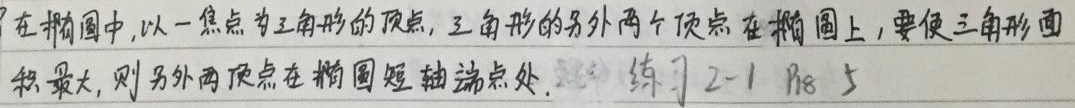
在椭圆中，以一焦点为三角形的顶点，三角形的另外两个顶点在椭圆上，要使三角形面积最大，则另外两顶点在椭圆短轴端点处。 练习2 - 1 P8 5